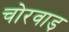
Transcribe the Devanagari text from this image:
चोरवाड़